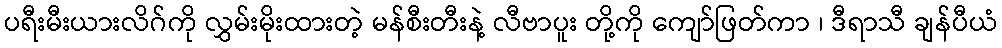
ပရီးမီးယားလိဂ်ကို လွှမ်းမိုးထားတဲ့ မန်စီးတီးနဲ့ လီဗာပူး တို့ကို ကျော်ဖြတ်ကာ ၊ ဒီရာသီ ချန်ပီယံ